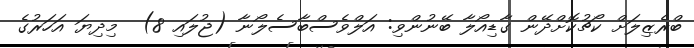
ބްރެޒިލަށް ކޯޗުކޮށްދޭން ގާޑިއޯލާ ބޭނުންވި: އަލްވެސްބާސެލޯނާ (ޖުލައި 8)  މިދިޔަ އަހަރުގެ